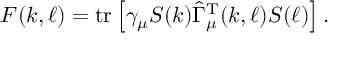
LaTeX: F ( k , \ell ) = \mathrm { t r } \left[ \gamma _ { \mu } S ( k ) \hat { \Gamma } _ { \mu } ^ { \mathrm { T } } ( k , \ell ) S ( \ell ) \right] .